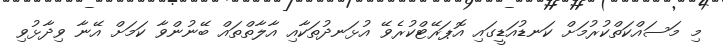
މި މަސައްކަތްކުރުމަށް ކަނޑުއަޑީގައި އޮޕަރޭޓްކުރެވޭ އުޅަނދުތަކާއި އާލާތްތައް ބޭނުންވާ ކަމަށް އޭނާ ވިދާޅުވި